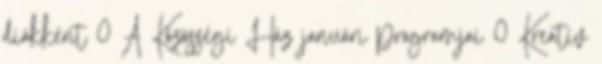
diákként 0 A Közösségi Ház januári programjai 0 Kreatív